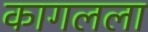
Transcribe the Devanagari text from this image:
कागलला